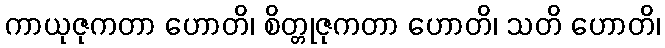
ကာယုဇုကတာ ဟောတိ၊ စိတ္တုဇုကတာ ဟောတိ၊ သတိ ဟောတိ၊